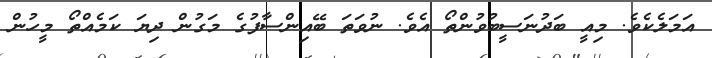
އަމަލެކެވެ. މިއީ ބަދުނަސީބުވުންތޯ އެވެ. ނުވަތަ ބޭއިންސާފުގެ މަގުން ދިޔަ ކަމެއްތޯ މީހުން